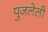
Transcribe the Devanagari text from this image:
पुजलेली